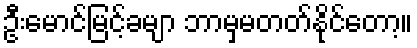
ဦးမောင်မြင့်ခမျာ ဘာမှမတတ်နိုင်တော့။